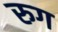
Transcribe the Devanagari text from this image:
रुग